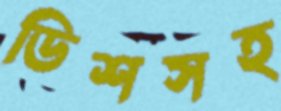
ডিশসহ